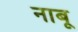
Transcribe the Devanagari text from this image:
नाबू